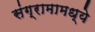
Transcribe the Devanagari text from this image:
संग्रामामध्ये